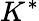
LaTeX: K^{\ast}